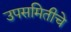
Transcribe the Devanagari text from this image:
उपसमितीचे